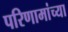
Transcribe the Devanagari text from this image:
परिणामांच्या